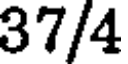
37/4